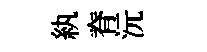
紈脊沅